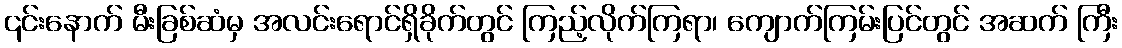
၎င်းနောက် မီးခြစ်ဆံမှ အလင်းရောင်ရှိခိုက်တွင် ကြည့်လိုက်ကြရာ၊ ကျောက်ကြမ်းပြင်တွင် အဆက် ကြီး